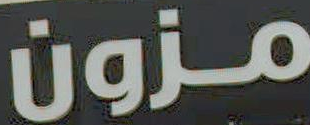
مزون